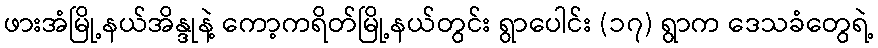
ဖားအံမြို့နယ်အိန္ဒုနဲ့ ကော့ကရိတ်မြို့နယ်တွင်း ရွာပေါင်း (၁၇) ရွာက ဒေသခံတွေရဲ့